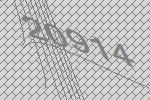
20914